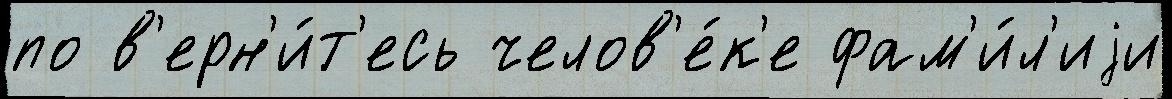
по в'ерн'и́т'есь челов'е́к'е фам'и́л'иjи